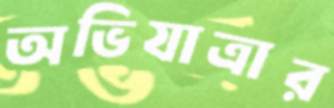
অভিযাত্রার